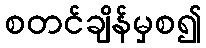
စတင်ချိန်မှစ၍